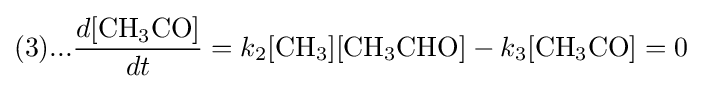
(3)...{\frac {d{\ce {[CH3CO]}}}{dt}}=k_{2}{\ce {[CH3]}}{\ce {[CH3CHO]}}-k_{3}{\ce {[CH3CO]}}=0